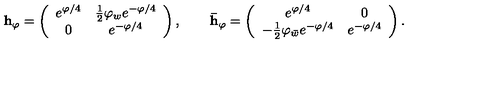
{ \bf h _ { \varphi } } = \left( \begin{array} { c c } { e ^ { \varphi / 4 } } & { { \frac { 1 } { 2 } } \varphi _ { w } e ^ { - \varphi / 4 } } \\ { 0 } & { e ^ { - \varphi / 4 } } \\ \end{array} \right) , \qquad { \bf \bar { h } _ { \varphi } } = \left( \begin{array} { c c } { e ^ { \varphi / 4 } } & { 0 } \\ { - { \frac { 1 } { 2 } } \varphi _ { \bar { w } } e ^ { - \varphi / 4 } } & { e ^ { - \varphi / 4 } } \\ \end{array} \right) .